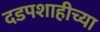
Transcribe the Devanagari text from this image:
दडपशाहीच्या